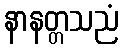
နာနတ္တသညံ